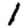
Digit: 1